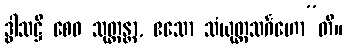
ဒွါသဋ္ဌိ စေဝ သုတ္တန္တာ, ဧသော သံယုတ္တသင်္ဂဟော”တိ။